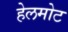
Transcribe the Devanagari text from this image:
हेलमोट